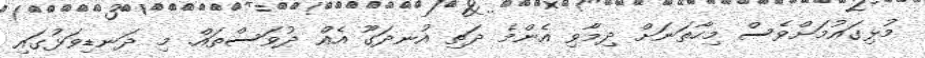
މުޅިގައުމަށްވެސް މިހާތަނަށް ދިމާވި އެންމެ ދަތި އުނދަގޫ އެއް ދުވަސްތައް. މި ދަނޑިވަޅުގައި